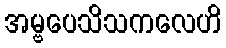
အမ္ဗပေသိသကလေဟိ